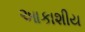
આકાશીય